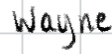
Text: Wayne
Cross-out: clean
Writing tool: digital_black